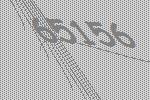
65156